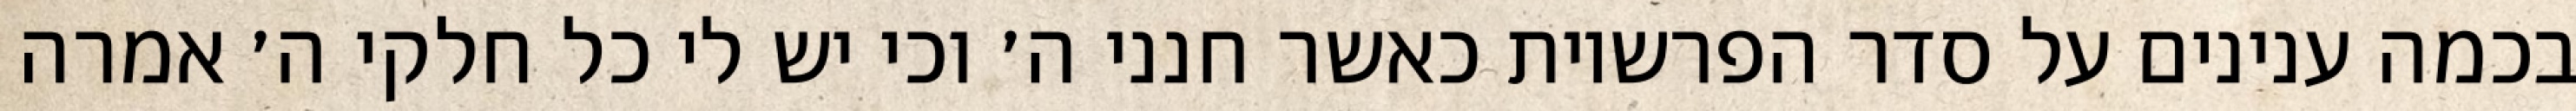
בכמה ענינים על סדר הפרשיות כאשר חנני ה׳ וכי יש לי כל חלקי ה׳ אמרה